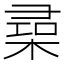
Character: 𣕠